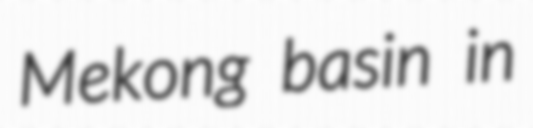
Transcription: Mekong basin in